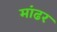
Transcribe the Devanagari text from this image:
मांढर